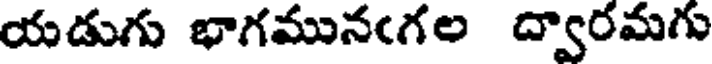
యడుగు భాగమునఁగల ద్వారమగు